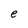
Character: e